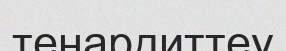
тенардиттеу